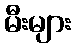
မီးများ